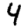
Digit: 4